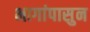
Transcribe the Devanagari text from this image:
भागांपासुन